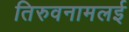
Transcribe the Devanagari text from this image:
तिरुवनामलई